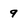
Character: 9